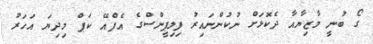
ގޯ ބުނީ މާޒިޔާއާ ދެކޮޅަށް ނުކުންނައިރު ފިލިޕީންސްގެ އެފްއޭ ކަޕް މިދިޔަ އަހަރު